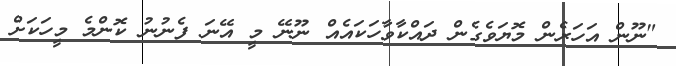
"ނޫން އަހަރެން މޮޔަވެގެން ދައްކާވާހަކައެއް ނޫނޭ މީ އޭނަ ފެނުނު ކޮންމެ މީހަކަށް